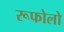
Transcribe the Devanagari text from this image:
रूफोलो